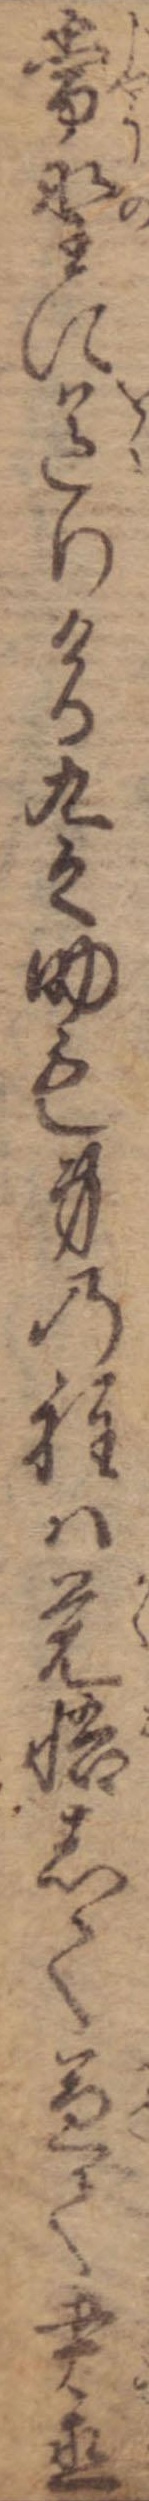
常野に送りける九之助も身の程は覚悟して兼て書置